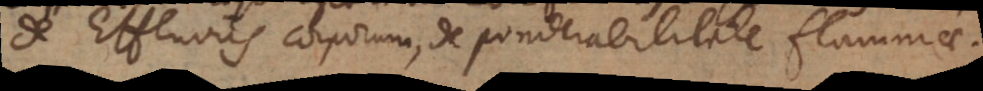
De Effluviis corporum, de ponderabilitate flammae.